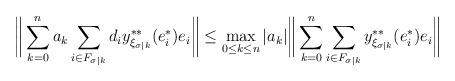
LaTeX: \begin{align*}\bigg\|\sum_{k=0}^n a_k\sum_{i\in F_{\sigma|k}}d_iy^{**}_{\xi_{\sigma|k}}(e_i^*)e_i\bigg\|&\leq\max_{0\leq k\leq n}|a_k|\bigg\|\sum_{k=0}^n \sum_{i\in F_{\sigma|k}}y^{**}_{\xi_{\sigma|k}}(e_i^*)e_i\bigg\|\end{align*}